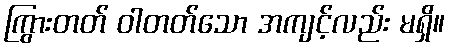
ကြွားတတ် ဝါတတ်သော အကျင့်လည်း မရှိ။